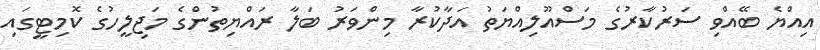
އިއްޔެ ބޭއްވި ސަރުކާރުގެ މަސްއޫލިއްޔަތު އަދާކުރާ މިންވަރު ބަލާ ރައްޔިތުންގެ މަޖިލީހުގެ ކޮމިޓީގައި